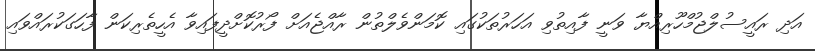
އަދި ރައީސުލްޖުމްހޫރިއްޔާ ވަނީ ފާއިތުވި އަހަރުތަކުގައި ކޮމަންވެލްތުން ރާއްޖެއަށް ފޯރުކޮށްދީފައިވާ އެހީތެރިކަން ފާހަގަކުރައްވައި